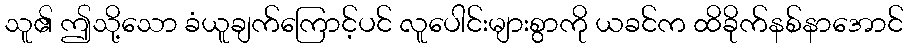
သူ၏ ဤသို့သော ခံယူချက်ကြောင့်ပင် လူပေါင်းများစွာကို ယခင်က ထိခိုက်နစ်နာအောင်